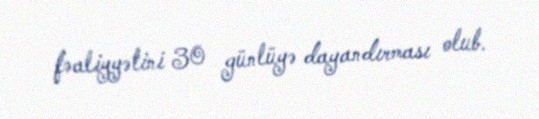
fəaliyyətini 30 günlüyə dayandırması olub.